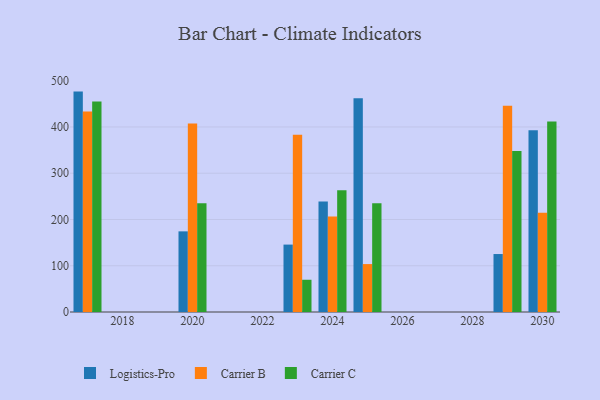
{"axis": {"x": "Year", "y": "Waste Production (Tons)"}, "legend": ["Carrier B", "Carrier C", "Logistics-Pro"], "data": [{"x": "2023", "y": 145.7, "type": "Logistics-Pro"}, {"x": "2023", "y": 382.9, "type": "Carrier B"}, {"x": "2023", "y": 69.7, "type": "Carrier C"}, {"x": "2025", "y": 462.0, "type": "Logistics-Pro"}, {"x": "2025", "y": 103.6, "type": "Carrier B"}, {"x": "2025", "y": 235.2, "type": "Carrier C"}, {"x": "2029", "y": 125.3, "type": "Logistics-Pro"}, {"x": "2029", "y": 446.0, "type": "Carrier B"}, {"x": "2029", "y": 347.9, "type": "Carrier C"}, {"x": "2024", "y": 238.9, "type": "Logistics-Pro"}, {"x": "2024", "y": 206.2, "type": "Carrier B"}, {"x": "2024", "y": 263.4, "type": "Carrier C"}, {"x": "2030", "y": 393.1, "type": "Logistics-Pro"}, {"x": "2030", "y": 214.8, "type": "Carrier B"}, {"x": "2030", "y": 412.0, "type": "Carrier C"}, {"x": "2017", "y": 476.4, "type": "Logistics-Pro"}, {"x": "2017", "y": 433.3, "type": "Carrier B"}, {"x": "2017", "y": 455.2, "type": "Carrier C"}, {"x": "2020", "y": 174.3, "type": "Logistics-Pro"}, {"x": "2020", "y": 407.2, "type": "Carrier B"}, {"x": "2020", "y": 234.8, "type": "Carrier C"}]}